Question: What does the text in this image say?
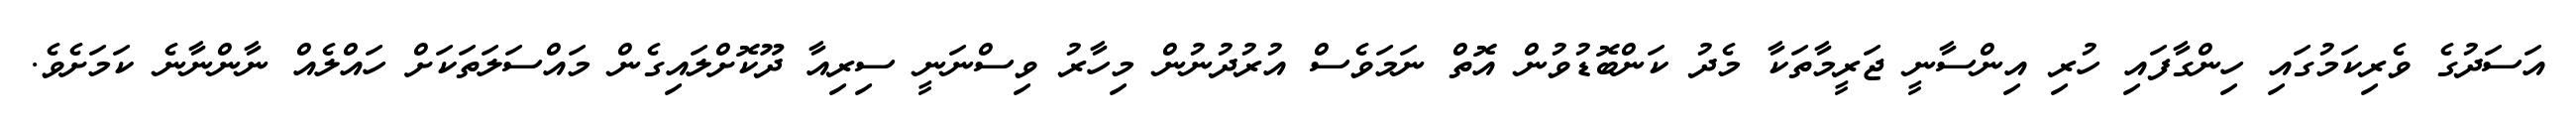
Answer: އަސަދުގެ ވެރިކަމުގައި ހިންގާފައި ހުރި އިންސާނީ ޖަރީމާތަކާ މެދު ކަންބޮޑުވުން އޮތް ނަމަވެސް އުރުދުނުން މިހާރު ވިސްނަނީ ސިރިއާ ދޫކޮށްލައިގެން މައްސަލަތަކަށް ހައްލެއް ނާންނާނެ ކަމަށެވެ.